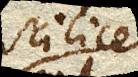
scilicet